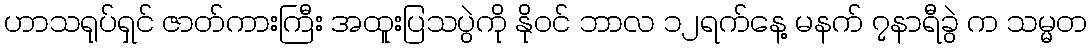
ဟာသရုပ်ရှင် ဇာတ်ကားကြီး အထူးပြသပွဲကို နိုဝင် ဘာလ ၁၂ရက်နေ့ မနက် ၇နာရီခွဲ က သမ္မတ